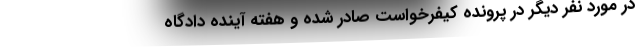
در مورد نفر دیگر در پرونده کیفرخواست صادر شده و هفته آینده دادگاه